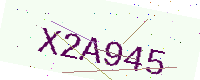
Text: X2A945